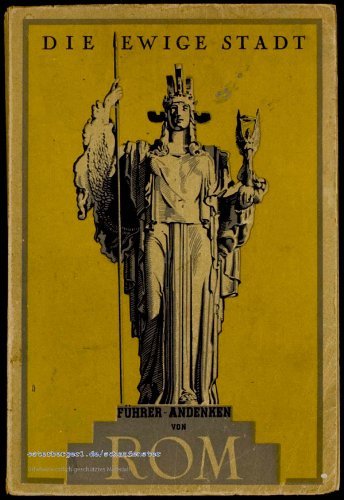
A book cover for The Eternal City: Guide, album, souvenir of a short visit to Rome; E Venturini; Travel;